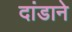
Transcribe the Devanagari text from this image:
दांडाने